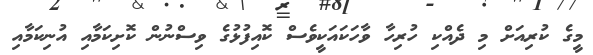
މީގެ ކުރިއަށް މި ދެއްކި ހުރިހާ ވާހަކައަކީވެސް ކޮއިފުޅުގެ ވިސްނުން ކޮށިކަމާއި އުނިކަމާއި